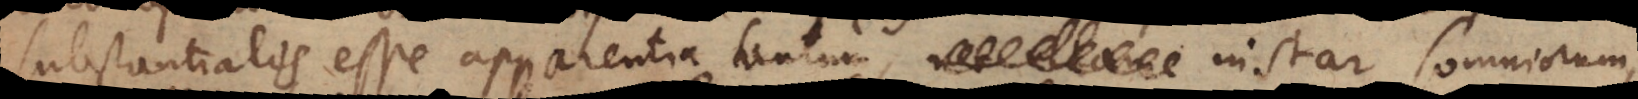
substantialis esse apparentia tantum, instar somniorum,